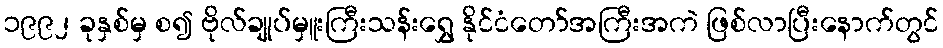
၁၉၉၂ ခုနှစ်မှ စ၍ ဗိုလ်ချုပ်မှူးကြီးသန်းရွှေ နိုင်ငံတော်အကြီးအကဲ ဖြစ်လာပြီးနောက်တွင်